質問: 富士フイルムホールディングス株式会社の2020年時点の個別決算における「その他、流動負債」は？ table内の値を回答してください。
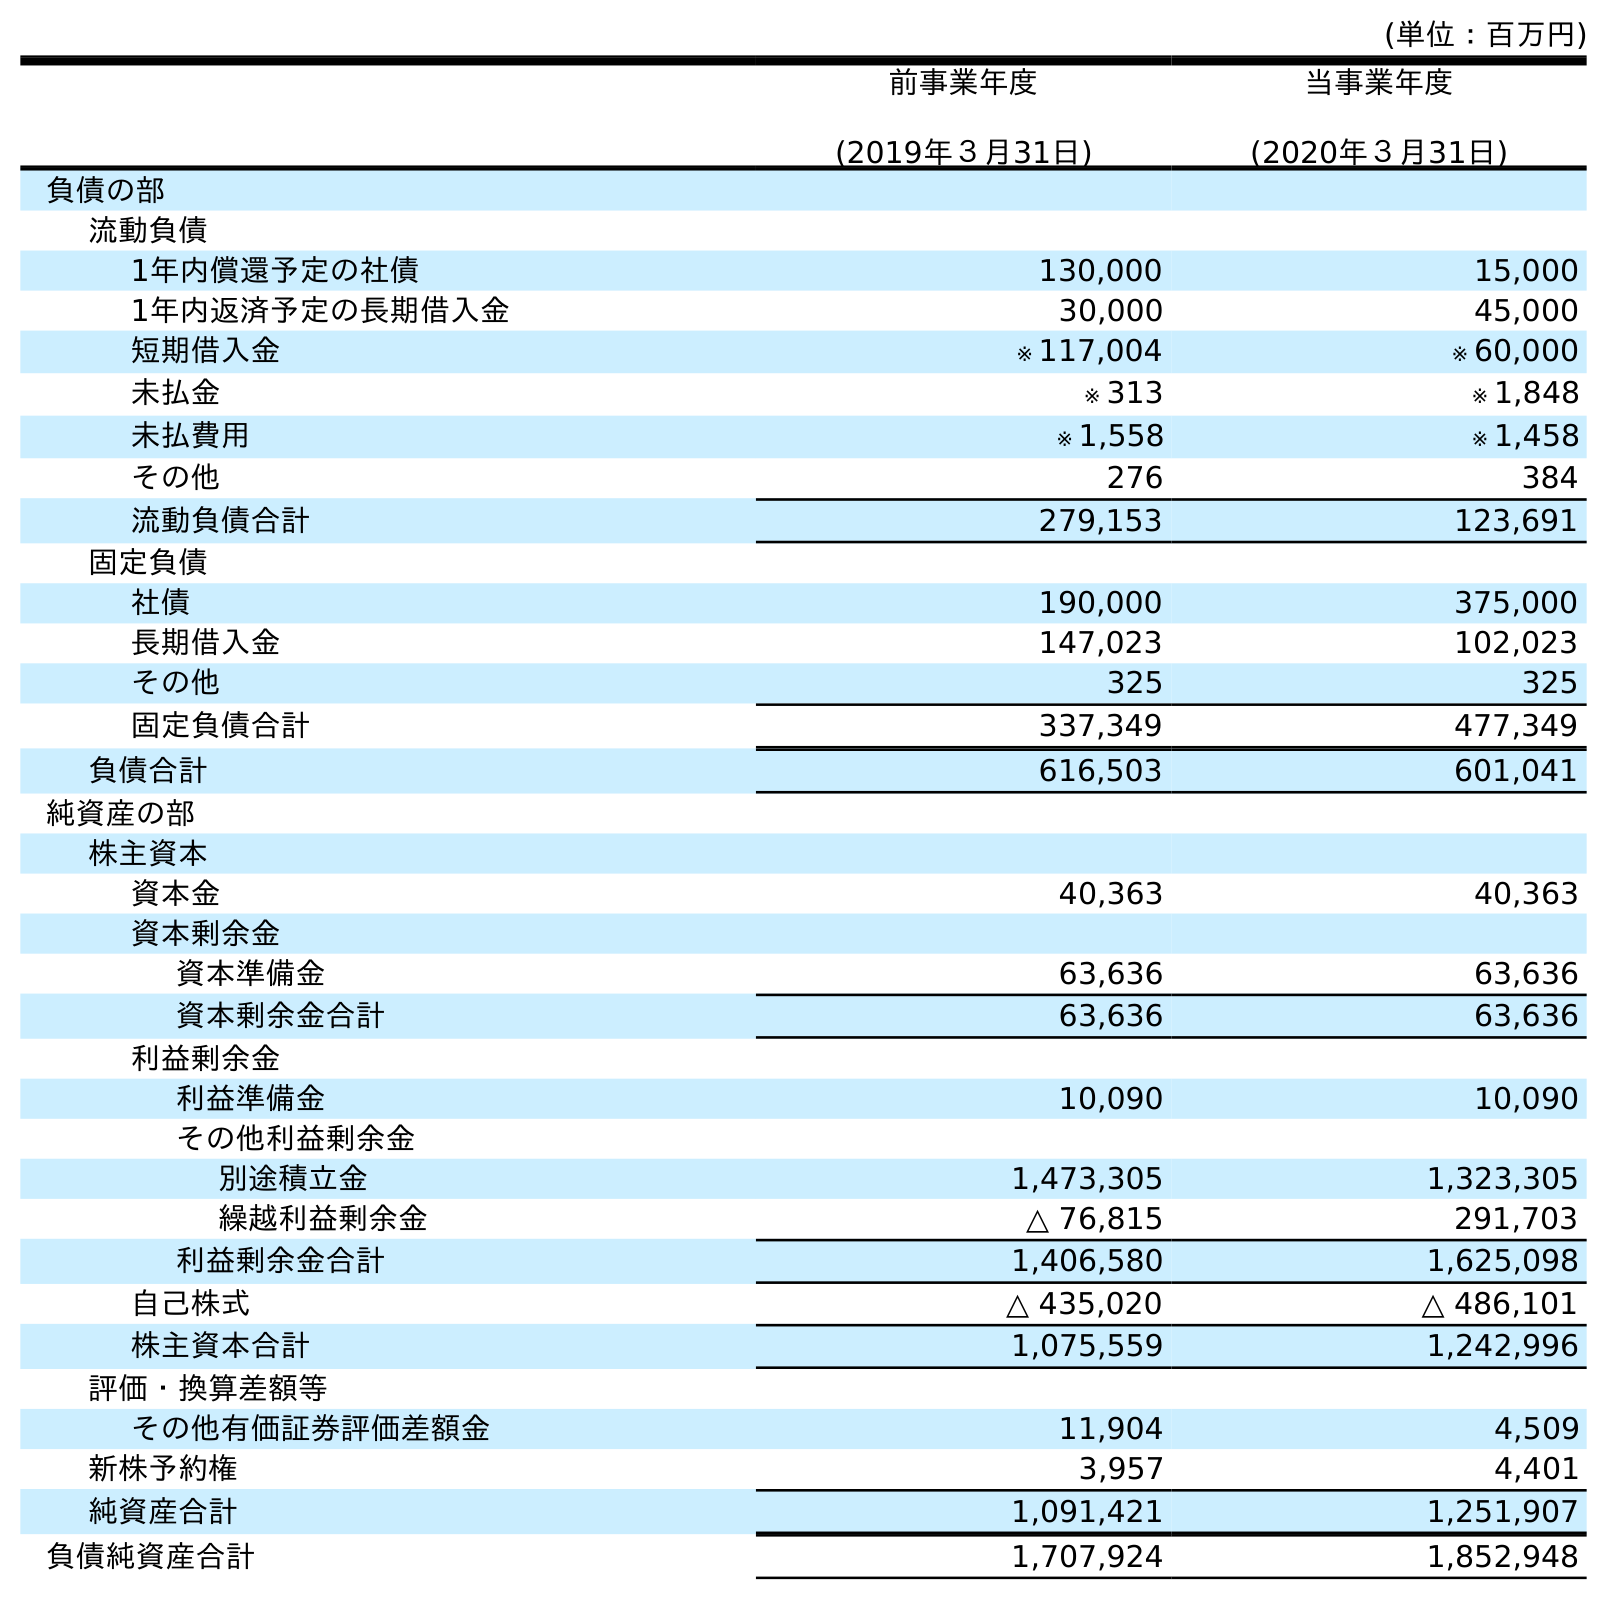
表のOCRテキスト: (単位：百万円) 前事業年度 (2019年３月31日) 当事業年度 (2020年３月31日) 負債の部 流動負債 1年内償還予定の社債 130,000 15,000 1年内返済予定の長期借入金 30,000 45,000 短期借入金 ※ 117,004 ※ 60,000 未払金 ※ 313 ※ 1,848 未払費用 ※ 1,558 ※ 1,458 その他 276 384 流動負債合計 279,153 123,691 固定負債 社債 190,000 375,000 長期借入金 147,023 102,023 その他 325 325 固定負債合計 337,349 477,349 負債合計 616,503 601,041 純資産の部 株主資本 資本金 40,363 40,363 資本剰余金 資本準備金 63,636 63,636 資本剰余金合計 63,636 63,636 利益剰余金 利益準備金 10,090 10,090 その他利益剰余金 別途積立金 1,473,305 1,323,305 繰越利益剰余金 △ 76,815 291,703 利益剰余金合計 1,406,580 1,625,098 自己株式 △ 435,020 △ 486,101 株主資本合計 1,075,559 1,242,996 評価・換算差額等 その他有価証券評価差額金 11,904 4,509 新株予約権 3,957 4,401 純資産合計 1,091,421 1,251,907 負債純資産合計 1,707,924 1,852,948
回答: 384